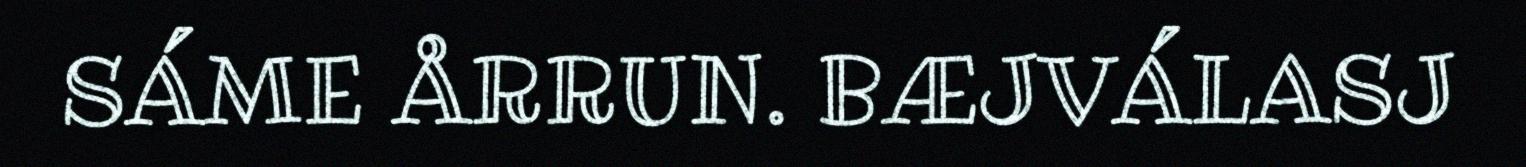
SÁME ÅRRUN. BÆJVÁLASJ